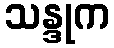
သန္ဒုက